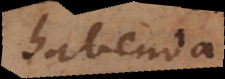
habenda